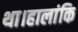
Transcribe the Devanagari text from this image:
था।हालांकि